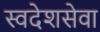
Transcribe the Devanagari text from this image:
स्वदेशसेवा